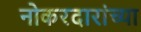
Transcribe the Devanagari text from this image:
नोकरदारांच्या